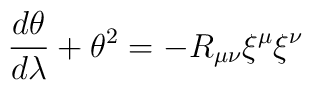
\frac{d\theta}{d\lambda} + \theta^{2} = -R_{\mu\nu}{\xi}^{\mu}{\xi}^{\nu}